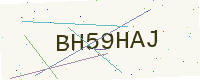
Text: BH59HAJ